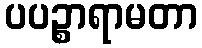
ပပဉ္စာရာမတာ